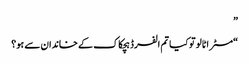
”
“مسٹر اٹالو تو کیا تم الفرڈ ہچکاک کے خاندان سے ہو؟